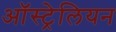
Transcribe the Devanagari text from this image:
आॅस्ट्रेलियन